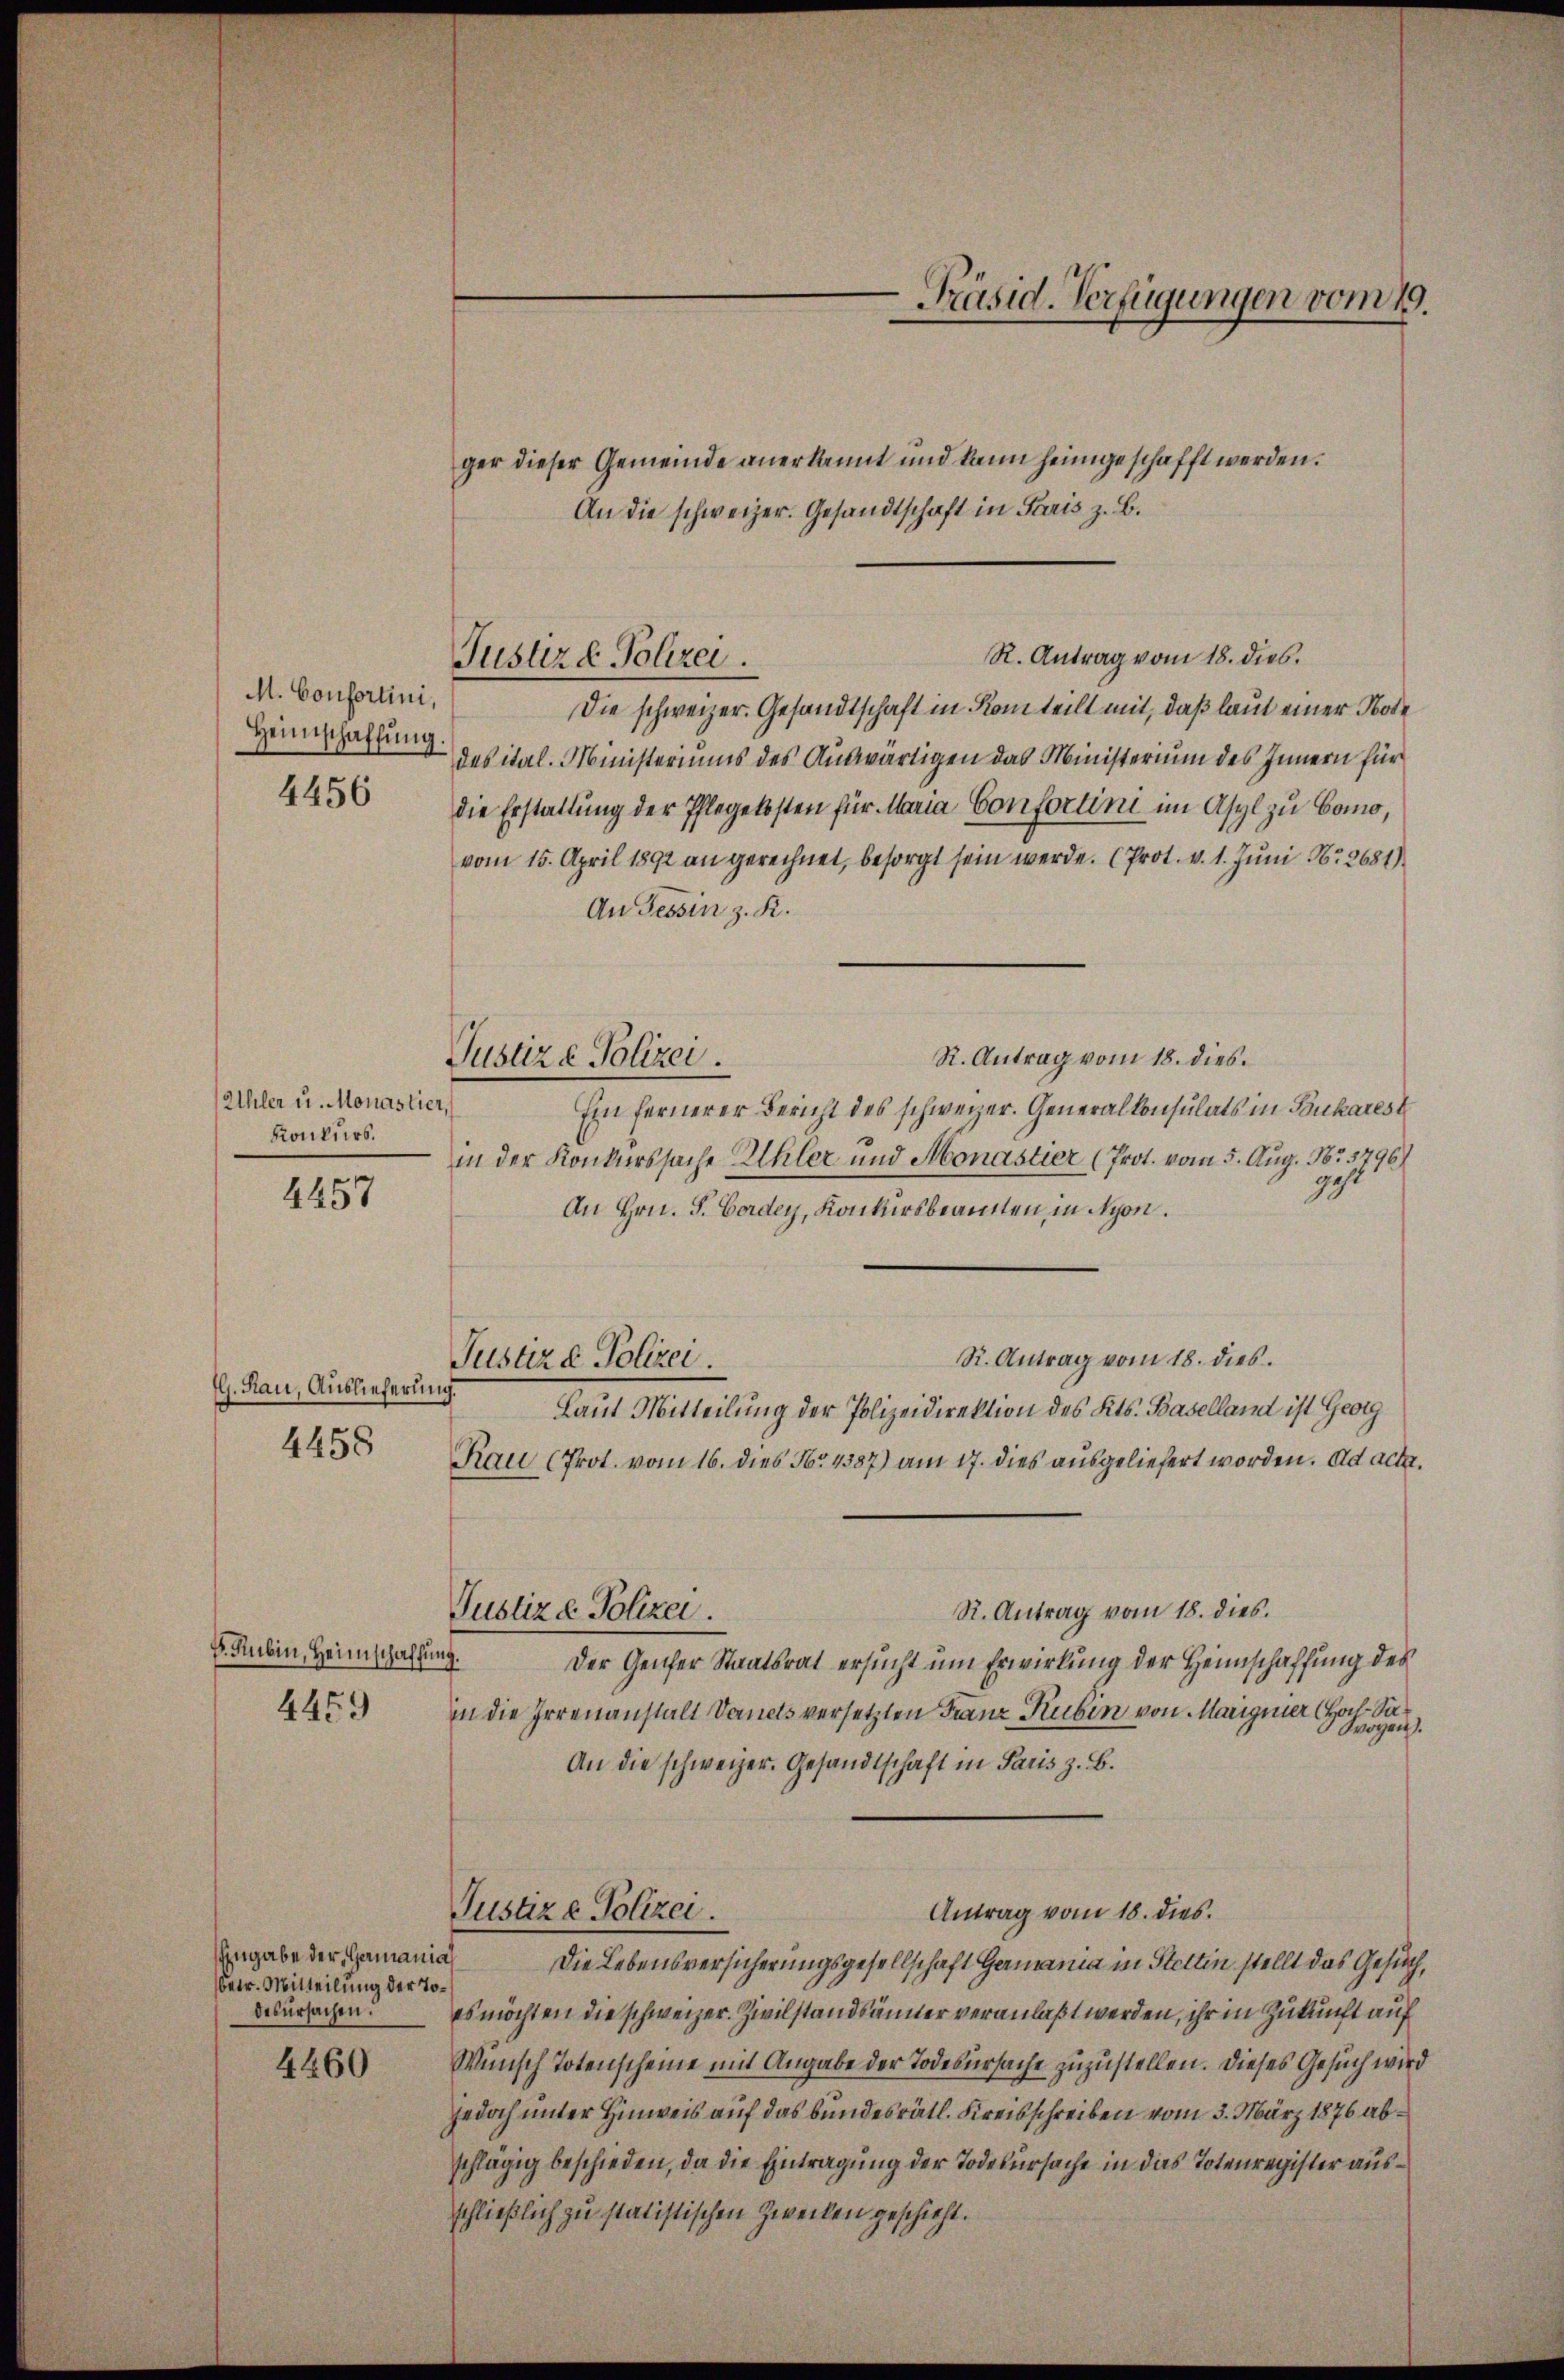
M. Confertini,
Heimschaffung
4456

Uhler u. Monastier,
Konkurs.

4457

G. Rau, Auslieferung.
4458

v. Rubin, Heimschaffung.
4459

Eingabe der Hamania
betr. Mitteilung der Todesursachen.

4460

ger dieser Gemeinde anerkannt und kann heimgeschafft werden.
An die schweizer. Gesandtschaft in Paris z. B.
Die schweizer. Gesandtschaft in Kam teilt mit, daß laut einer Note
des ital. Ministeriums des Auswärtigen das Ministerium des Innern für
die Erstattung der Pflegekosten für Maria Confortini im Asyl zu Como,
vom 15. April 1892 an gerechnet, besorgt sein werde. (Prot. v. 1. Juni Nr 2681)
An Tessin z. K.
R. Antrag vom 18. dies
Ein fernerer Bericht des schweizer. Generalkonsulats in Pukarest
in der Konkurssache Uhler und Monastier (Prot. vom 5. Aug. No 5796)
gest
An Hrn. F. Bordey, Konkursbeamten, in Nyon.
R. Antrag vom 18. dies
Justiz & Polizei
Laut Mitteilung der Polizeidirektion des Kts. Baselland ist Georg
Rau (Prot. vom 16. dies No. 4387) am 17. dies ausgeliefert worden. ad acte.
R. Antrag vom 18. dies.
Justiz & Polizei.
Der Genfer Staatsrat ersucht um Erwirkung der Heimschaffung des
in die Irrenanstalt Vernels versetzten Franz Ruben von Marigener H
An die schweizer. Gesandtschaft in Paris z. B.
Antrag vom 18. dies
Justiz - Polizei.
Die Lebensversicherungsgesellschaft Germania in Stettin stellt das Gesuch,
es möchten die schweizer. Zivilstandsänner veranlaßt werden, ihr in Zukunft auf
Wünsch Totenscheine mit Angabe der Todesursache zuzustellen. Dieses Gesuch wird
jedoch unter Hinweis auf das bundesrätl. Kreisschreiben vom 3. März 1876 abschlägig beschieden, da die Eintragung der Todesursache in das Totenregister ausschließlich zu statistischen Zwecken geschieht.

Justiz & Polizei.

Justiz - Polizei.

Präsid. Verfügungen vom 19.

R. Antrag vom 18. dies.